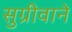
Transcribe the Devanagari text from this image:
सुग्रीवाने